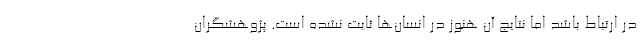
در ارتباط باشد اما نتایج آن هنوز در انسان‌ها ثابت نشده است‌. پژوهشگران